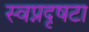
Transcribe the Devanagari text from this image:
स्वप्नदृषटा